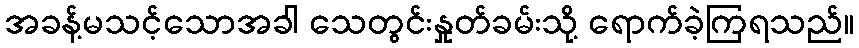
အခန့်မသင့်သောအခါ သေတွင်းနှုတ်ခမ်းသို့ ရောက်ခဲ့ကြရသည်။